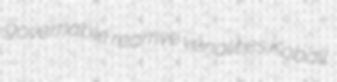
governable rearrive venalities Koball